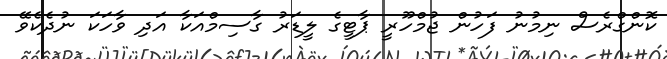
ކޮންގްރެސް ނިމުނު ފަހުން ޖުމްހޫރީ ޕާޓީގެ ލީޑަރު ގާސިމްއަކާ އަދި ވާހަކަ ނުދެކެވޭ